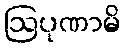
ဩပုဏာမိ